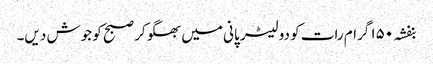
بنفشہ ۱۵۰ گرام رات کو دو لیٹر پانی میں بھگو کر صبح کو جوش دیں۔